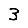
Digit: 3